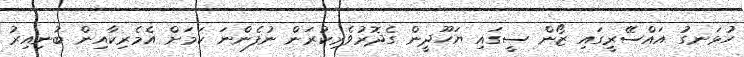
ހުޅަނގު އައްސޭރީގައި ޒޯން ސީގައި ޔަހޫދީން ގެދޮރުވެރިކުރަން ނުފެންނަ ކަމަށް އެމެރިކާއިން ބުނިއިރު